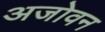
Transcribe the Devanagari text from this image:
अजोवन